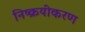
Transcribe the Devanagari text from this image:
निष्क्रयीकरण